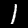
Label: 1